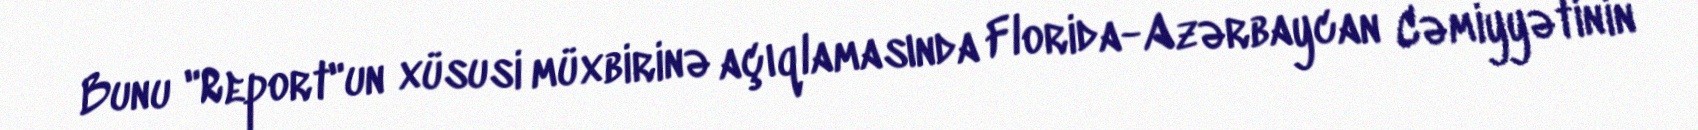
Bunu "Report"un xüsusi müxbirinə açıqlamasında Florida-Azərbaycan Cəmiyyətinin